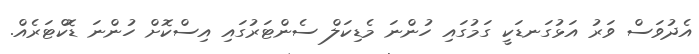
އެދުވަސް ވަރު އަޅުގަނޑަކީ ގަމުގައި ހުންނަ މެޑިކަލް ސެންޓަރުގައި އިސްކޮށް ހުންނަ ޑޮކްޓަރެއް.